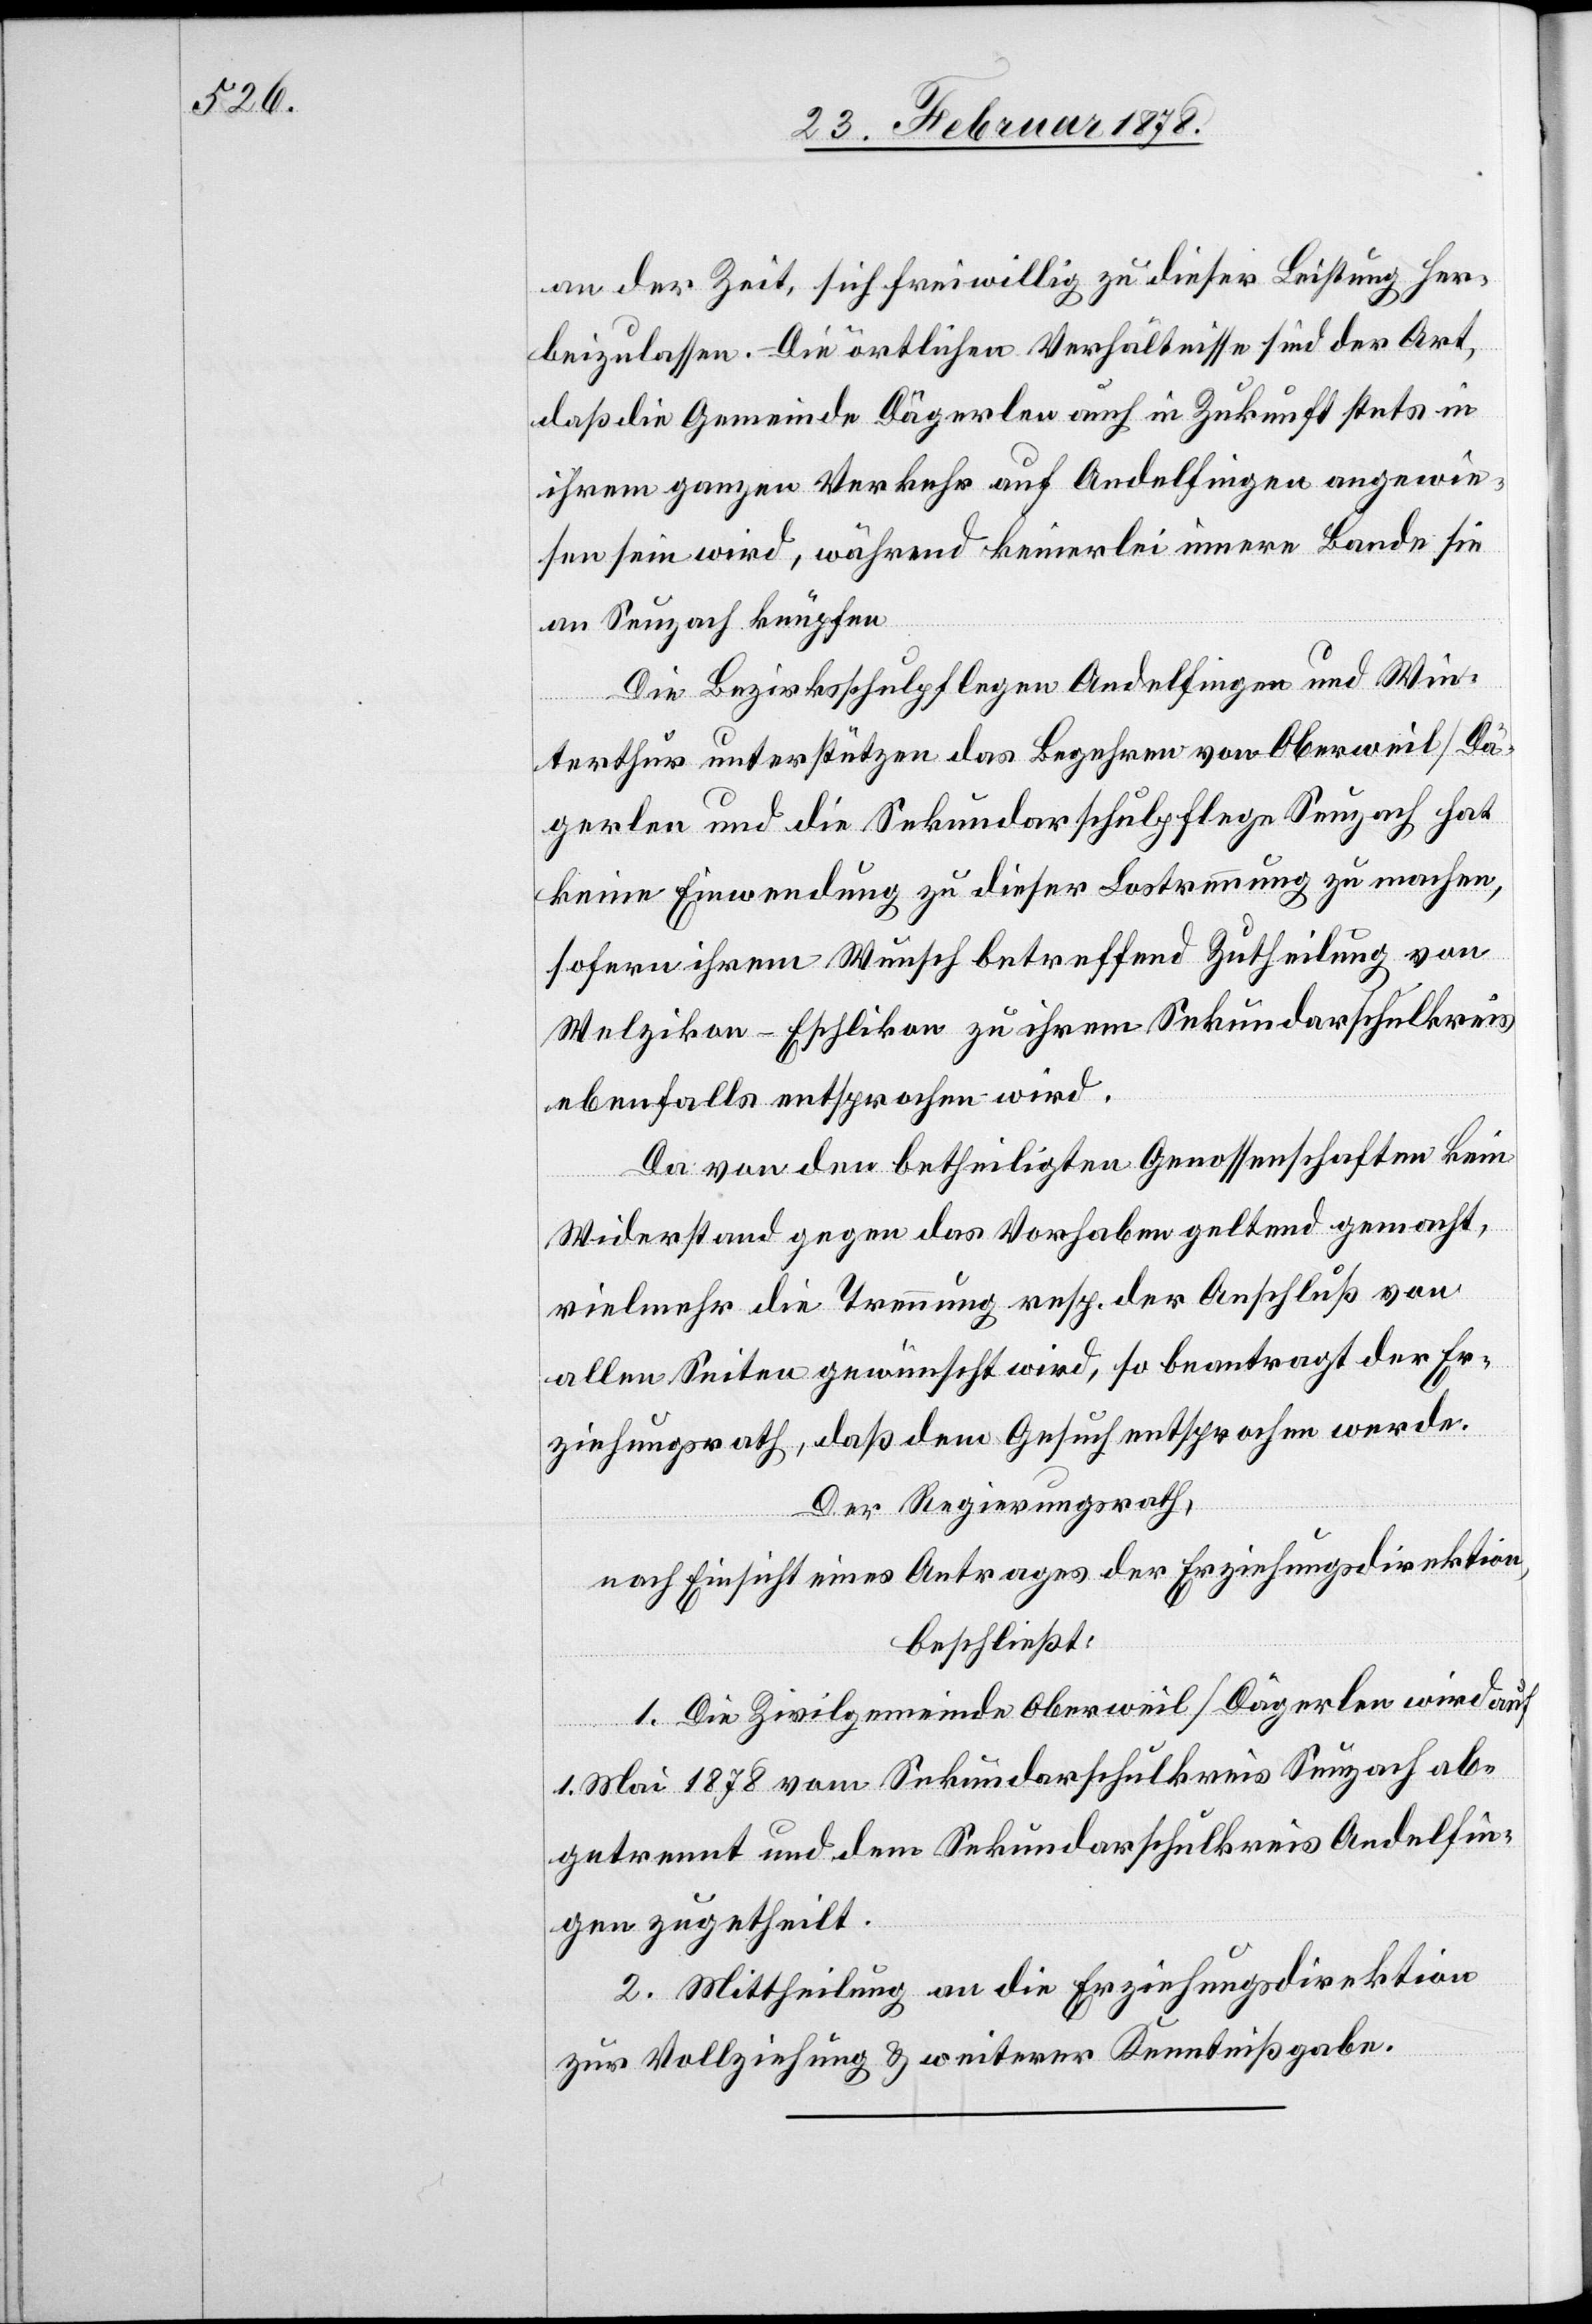
an der Zeit, sich freiwillig zu dieser Leistung her¬
beizulassen. Die örtlichen Verhältnisse sind der Art,
daß die Gemeinde Därgerlen auch in Zukunft stets in
ihrem ganzen Verkehr auf Andelfingen angewie¬
sen sein wird, während keinerlei innere Bande sie
an Seuzach knüpfen.
Die Bezirksschulpflegen Andelfingen und Win¬
terthur unterstützen das Begehren von Oberweil / Dä¬
gerlen und die Sekundarschulfplege Seuzach hat
keine Einwendung zu dieser Lostrennung zu machen,
sofern ihrem Wunsch betreffend Zutheilung von
Welzikon - Eschlikon zu ihrem Sekundarschulkries
ebenfalls entsprochen wird.
Da von den betheiligten Genossenschaften kein
Widerstand gegen das Vorhaben geltend gemacht,
vielmehr die Trennung resp. der Anschluß von
allen Seiten gewünscht wird, so beantragt der Er¬
ziehungsrath, daß dem Gesuch entsprochen werde.
Der Regierungsrath,
nach Einsicht eines Antrages der Erziehungsdirektion,
beschließt:
1. Die Zivilgemeinde Oberweil / Dägerlen wird auf
1. Mai 1878 vom Sekundarschulkreis Seuzach ab¬
getrennt und dem Sekundarschulkreis Andelfin¬
gen zugetheilt.
2. Mittheilung an die Erziehungsdirektion
zur Vollziehung & weiterer Kenntnißgabe.